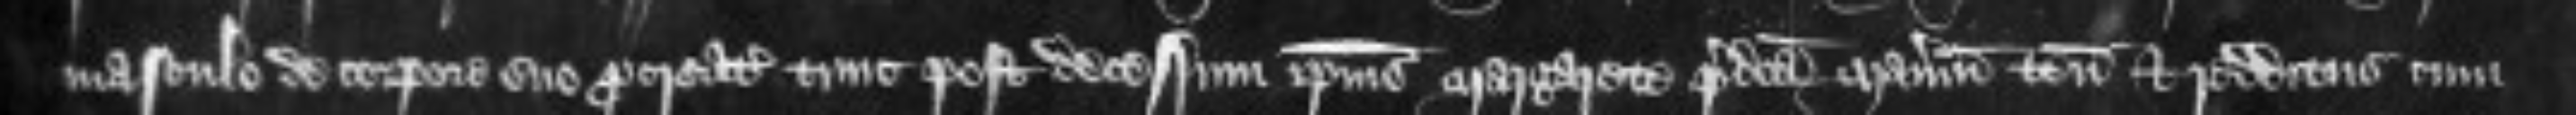
masculo de corpore suo procreato hinc post decessum ipsius Margarete predicta manerium tenementa et redditus cum